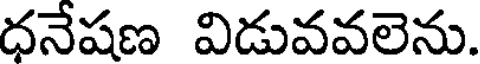
ధనేషణ విడువవలెను.